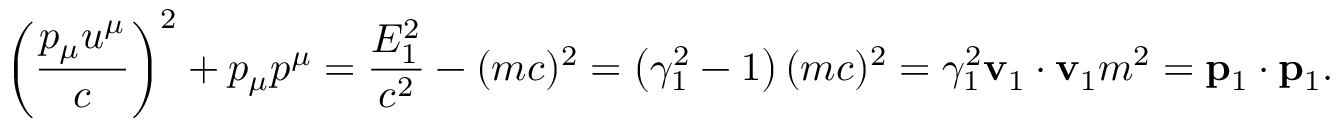
\left( { \frac { p _ { \mu } u ^ { \mu } } { c } } \right) ^ { 2 } + p _ { \mu } p ^ { \mu } = { \frac { E _ { 1 } ^ { 2 } } { c ^ { 2 } } } - ( m c ) ^ { 2 } = \left( \gamma _ { 1 } ^ { 2 } - 1 \right) ( m c ) ^ { 2 } = \gamma _ { 1 } ^ { 2 } { \mathbf { v } _ { 1 } \cdot \mathbf { v } _ { 1 } } m ^ { 2 } = \mathbf { p } _ { 1 } \cdot \mathbf { p } _ { 1 } .